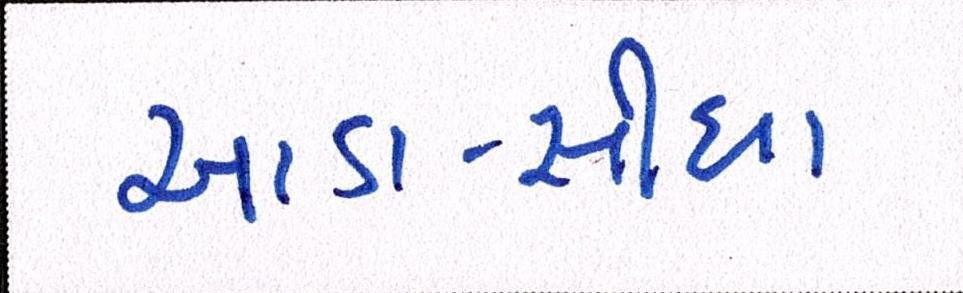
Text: આડા-સીધા